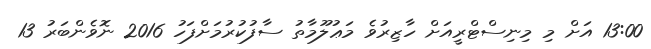
13:00 އަށް މި މިނިސްޓްރީއަށް ހާޒިރުވެ މަޢުލޫމާތު ސާފުކުރުމަށްފަހު 2016 ނޮވެންބަރު 13